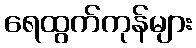
ရေထွက်ကုန်များ